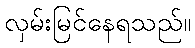
လှမ်းမြင်နေရသည်။